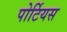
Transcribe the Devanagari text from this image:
पोर्टियस